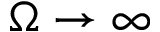
\Omega \to \infty